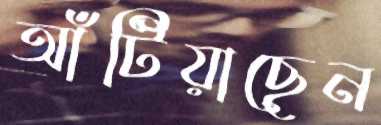
আঁটিয়াছেন